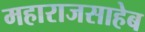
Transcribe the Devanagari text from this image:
महाराजसाहेब